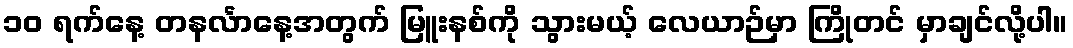
၁၀ ရက်နေ့ တနင်္လာနေ့အတွက် မြူးနစ်ကို သွားမယ့် လေယာဉ်မှာ ကြိုတင် မှာချင်လို့ပါ။